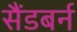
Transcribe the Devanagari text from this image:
सैंडबर्न